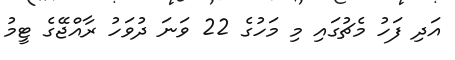
އަދި ފަހު މެޗުގައި މި މަހުގެ 22 ވަނަ ދުވަހު ރާއްޖޭގެ ޓީމު